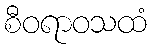
စီဝရာဝသထံ